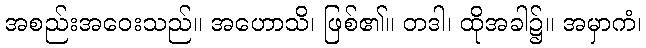
အစည်းအဝေးသည်။ အဟောသိ၊ ဖြစ်၏။ တဒါ၊ ထိုအခါ၌။ အမှာကံ၊